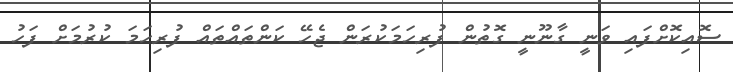
ސޮއިކޮށްފައި ވަނީ ގާނޫނީ ގޮތުން ފުރިހަމަކުރަން ޖެހޭ ކަންތައްތައް ފުރިހަމަ ކުރުމަށް ފަހު